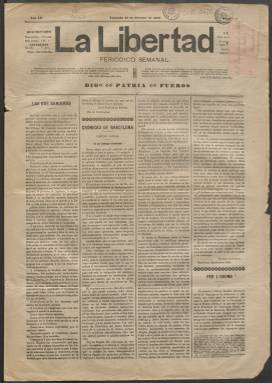
Título: La Libertad (Valencia)
Colección: Periódicos
Ámbito geográfico: Valencia
Lugar de publicación: Valencia
Fechas: 11/10/1905-29/12/1906